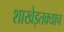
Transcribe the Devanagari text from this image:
शाखेइतक्याच